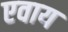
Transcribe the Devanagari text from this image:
एवाय